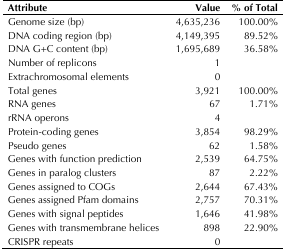
| Attribute | Value | % of Total |
 | --- | --- | --- |
 | Genome size (bp) | 4,635,236 | 100.00% |
 | DNA coding region (bp) | 4,149,395 | 89.52% |
 | DNA G+C content (bp) | 1,695,689 | 36.58% |
 | Number of replicons | 1 |  |
 | Extrachromosomal elements | 0 |  |
 | Total genes | 3,921 | 100.00% |
 | RNA genes | 67 | 1.71% |
 | rRNA operons | 4 |  |
 | Protein-coding genes | 3,854 | 98.29% |
 | Pseudo genes | 62 | 1.58% |
 | Genes with function prediction | 2,539 | 64.75% |
 | Genes in paralog clusters | 87 | 2.22% |
 | Genes assigned to COGs | 2,644 | 67.43% |
 | Genes assigned Pfam domains | 2,757 | 70.31% |
 | Genes with signal peptides | 1,646 | 41.98% |
 | Genes with transmembrane helices | 898 | 22.90% |
 | CRISPR repeats | 0 |  |